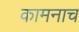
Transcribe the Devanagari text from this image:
कामनाच